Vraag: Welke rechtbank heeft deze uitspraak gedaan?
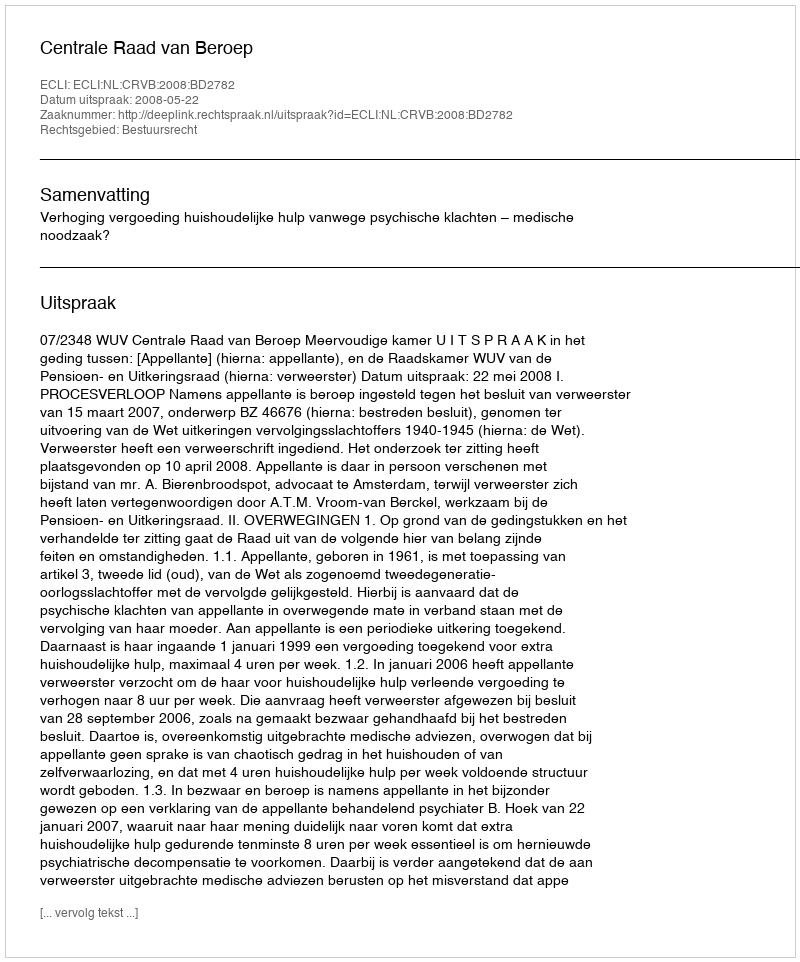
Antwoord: Centrale Raad van Beroep